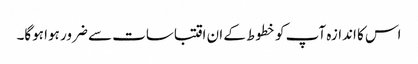
اس کا اندازہ آپ کو خطوط کے ان اقتباسات سے ضرور ہوا ہوگا۔